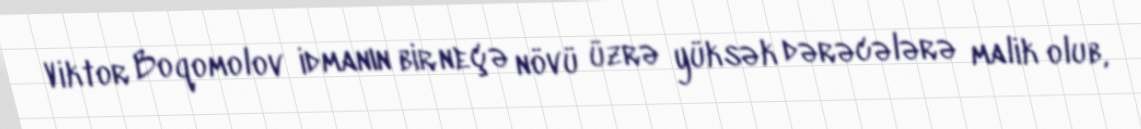
Viktor Boqomolov idmanın bir neçə növü üzrə yüksək dərəcələrə malik olub,